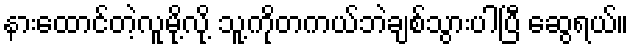
နားထောင်တဲ့လူမို့လို့ သူ့ကိုတကယ်ဘဲချစ်သွားပါပြီ ဆွေရယ်။